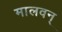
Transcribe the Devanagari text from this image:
मालवन्